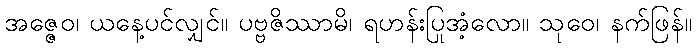
အဇ္ဇေဝ၊ ယနေ့ပင်လျှင်။ ပဗ္ဗဇိဿာမိ၊ ရဟန်းပြုအံ့လော။ သုဝေ၊ နက်ဖြန်။